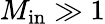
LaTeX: M_{\mathrm{in}}\gg 1